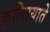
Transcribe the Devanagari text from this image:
कुल्लियाते